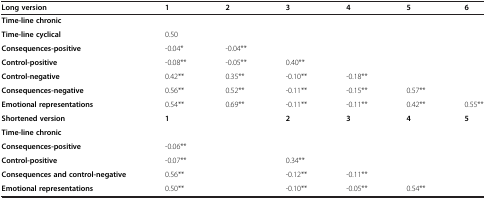
| Long version | 1 | 2 | 3 | 4 | 5 | 6 |
 | --- | --- | --- | --- | --- | --- | --- |
 | Time-line chronic |  |  |  |  |  |  |
 | Time-line cyclical | 0.50 |  |  |  |  |  |
 | Consequences-positive | -0.04* | -0.04** |  |  |  |  |
 | Control-positive | -0.08** | -0.05** | 0.40** |  |  |  |
 | Control-negative | 0.42** | 0.35** | -0.10** | -0.18** |  |  |
 | Consequences-negative | 0.56** | 0.52** | -0.11** | -0.15** | 0.57** |  |
 | Emotional representations | 0.54** | 0.69** | -0.11** | -0.11** | 0.42** | 0.55** |
 | Shortened version | 1 |  | 2 | 3 | 4 | 5 |
 | Time-line chronic |  |  |  |  |  |  |
 | Consequences-positive | -0.06** |  |  |  |  |  |
 | Control-positive | -0.07** |  | 0.34** |  |  |  |
 | Consequences and control-negative | 0.56** |  | -0.12** | -0.11** |  |  |
 | Emotional representations | 0.50** |  | -0.10** | -0.05** | 0.54** |  |